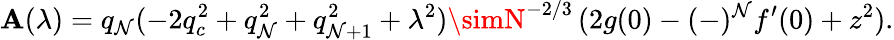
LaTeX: \mathbf{A}(\lambda)=q_{\mathcal{N}}(-2q_{c}^{2}+q_{\mathcal{N}}^{2}+q_{\mathcal{N}+1}^{2}+\lambda^{2})\simN^{-2/3}\, (2g(0)-(-)^{\mathcal{N}}f^{\prime}(0)+z^{2}).